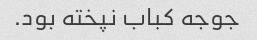
جوجه کباب نپخته بود.